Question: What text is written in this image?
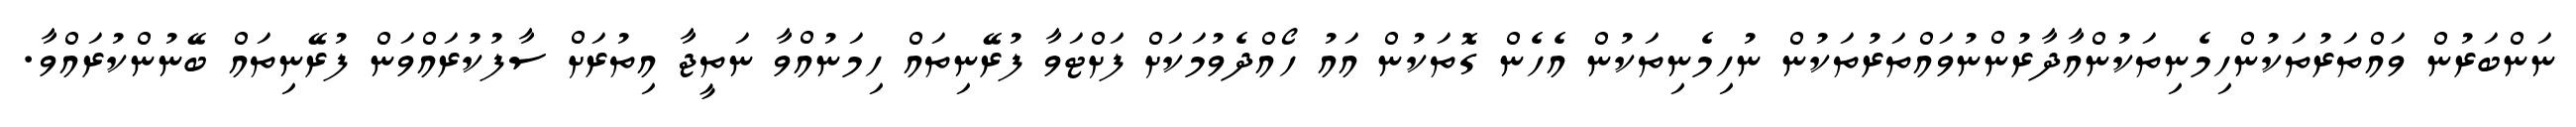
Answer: ނަންބަރުން ވައްތަރުތަކުންހިމެނިތަކުންއާދާރުންނުވައްތަރުތަކުން ނުހިމެނިތަކުން އެހެން ގޮތަކުން އައު ހޯއްދެވުމަކަށް ފަށްޓަވާ ފުރޭނިތައް ހިމަނުއްވާ ނަތީޖާ އިތުރަށް ސާފުކުރައްވަން ފުރޭނިތައް ބޭނުންކުރައްވާ.